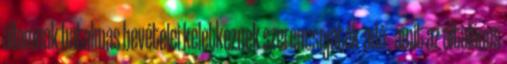
államnak hatalmas bevételei keletkeznek szerencsejáték-adó , amit az általános